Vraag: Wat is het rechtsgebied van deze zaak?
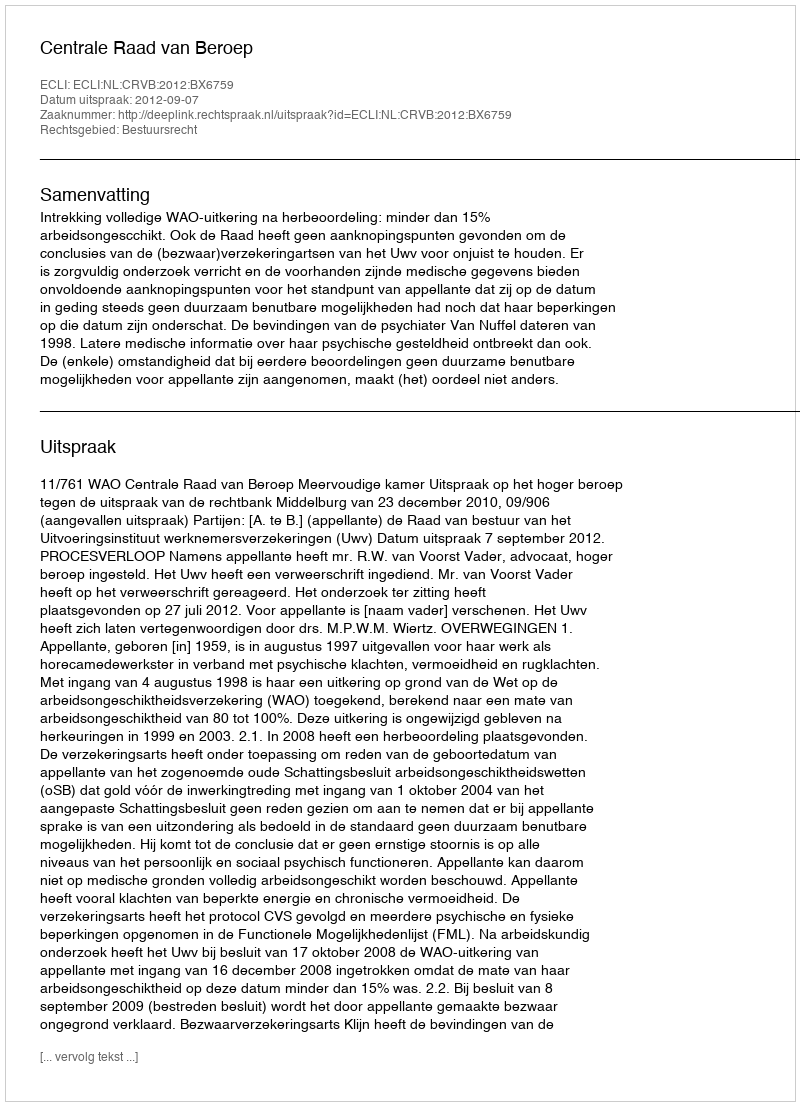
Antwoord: Bestuursrecht